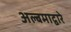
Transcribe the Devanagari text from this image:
अल्बमाद्वारे